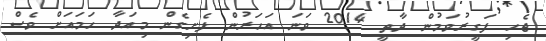
ޖެހި ފަގީރުވަމުން ދާތީ 2014 ވަނަ އަހަރުން ފެށިގެން މިއަދާ ހަމައަށް ވެސް